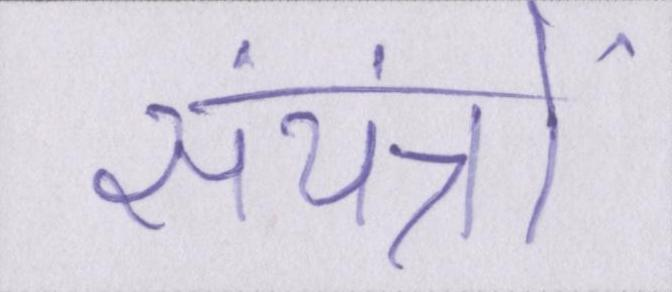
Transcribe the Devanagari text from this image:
संयंत्रों